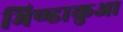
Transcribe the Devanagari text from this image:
भिण्डाकुआ